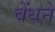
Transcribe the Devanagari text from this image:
बेंधने